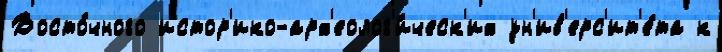
Восто́чного истор'ико-арх'еолог'и́ческ'их ун'ив'ерс'ит'е́та к